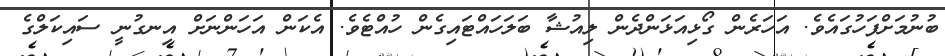
ބުނުމަށްފަހުގައެވެ. އަހަރެން ގޯޅިއަޅަންދެން ލިއުޝާ ބަލަހައްޓައިގެން ހުއްޓެވެ. އެކަން އަހަންނަށް އިނގުނީ ސައިކަލްގެ